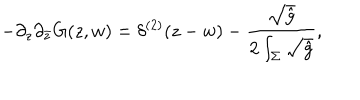
- \partial _ { z } \partial _ { \bar { z } } G ( z , w ) = \delta ^ { ( 2 ) } ( z - w ) - { \frac { \sqrt { \hat { g } } } { 2 \int _ { \Sigma } \sqrt { \hat { g } } } } ,